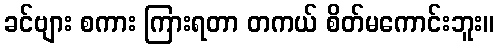
ခင်ဗျား စကား ကြားရတာ တကယ် စိတ်မကောင်းဘူး။